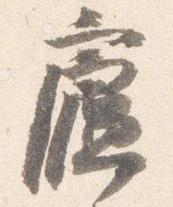
廬